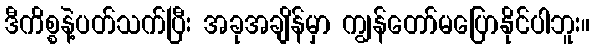
ဒီကိစ္စနဲ့ပတ်သက်ပြီး အခုအချိန်မှာ ကျွန်တော်မပြောနိုင်ပါဘူး။